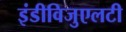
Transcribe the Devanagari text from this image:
इंडीविजुएलटी